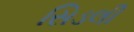
સિડલી